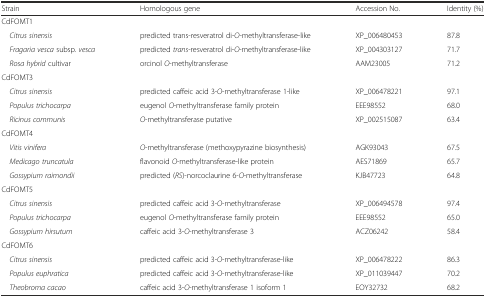
<table><thead><tr><td><b>Strain</b></td><td><b>Homologous gene</b></td><td><b>Accession No.</b></td><td><b>Identity (%)</b></td></tr></thead><tbody><tr><td colspan="4">CdFOMT1</td></tr><tr><td> <i>Citrus sinensis</i></td><td>predicted trans-resveratrol di-<i>O</i>-methyltransferase-like</td><td>XP_006480453</td><td>87.8</td></tr><tr><td> <i>Fragaria vesca</i> subsp. <i>vesca</i></td><td>predicted <i>trans</i>-resveratrol di-<i>O</i>-methyltransferase-like</td><td>XP_004303127</td><td>71.7</td></tr><tr><td> <i>Rosa hybrid</i> cultivar</td><td>orcinol <i>O</i>-methyltransferase</td><td>AAM23005</td><td>71.2</td></tr><tr><td colspan="4">CdFOMT3</td></tr><tr><td> <i>Citrus sinensis</i></td><td>predicted caffeic acid 3-<i>O</i>-methyltransferase 1-like</td><td>XP_006478221</td><td>97.1</td></tr><tr><td> <i>Populus trichocarpa</i></td><td>eugenol <i>O</i>-methyltransferase family protein</td><td>EEE98552</td><td>68.0</td></tr><tr><td> <i>Ricinus communis</i></td><td><i>O</i>-methyltransferase putative</td><td>XP_002515087</td><td>63.4</td></tr><tr><td colspan="4">CdFOMT4</td></tr><tr><td> <i>Vitis vinifera</i></td><td><i>O</i>-methyltransferase (methoxypyrazine biosynthesis)</td><td>AGK93043</td><td>67.5</td></tr><tr><td> <i>Medicago truncatula</i></td><td>flavonoid <i>O</i>-methyltransferase-like protein</td><td>AES71869</td><td>65.7</td></tr><tr><td> <i>Gossypium raimondii</i></td><td>predicted (<i>RS</i>)-norcoclaurine 6-<i>O</i>-methyltransferase</td><td>KJB47723</td><td>64.8</td></tr><tr><td colspan="4">CdFOMT5</td></tr><tr><td> <i>Citrus sinensis</i></td><td>predicted caffeic acid 3-<i>O</i>-methyltransferase</td><td>XP_006494578</td><td>97.4</td></tr><tr><td> <i>Populus trichocarpa</i></td><td>eugenol <i>O</i>-methyltransferase family protein</td><td>EEE98552</td><td>65.0</td></tr><tr><td> <i>Gossypium hirsutum</i></td><td>caffeic acid 3-<i>O</i>-methyltransferase 3</td><td>ACZ06242</td><td>58.4</td></tr><tr><td colspan="4">CdFOMT6</td></tr><tr><td> <i>Citrus sinensis</i></td><td>predicted caffeic acid 3-<i>O</i>-methyltransferase-like</td><td>XP_006478222</td><td>86.3</td></tr><tr><td> <i>Populus euphratica</i></td><td>predicted caffeic acid 3-<i>O</i>-methyltransferase-like</td><td>XP_011039447</td><td>70.2</td></tr><tr><td> <i>Theobroma cacao</i></td><td>caffeic acid 3-<i>O</i>-methyltransferase 1 isoform 1</td><td>EOY32732</td><td>68.2</td></tr></tbody></table>